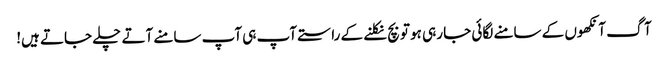
آگ آنکھوں کے سامنے لگائی جا رہی ہو تو بچ نکلنے کے راستے آپ ہی آپ سامنے آتے چلے جاتے ہیں!